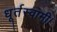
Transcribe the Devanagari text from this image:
धूर्तस्वामी।